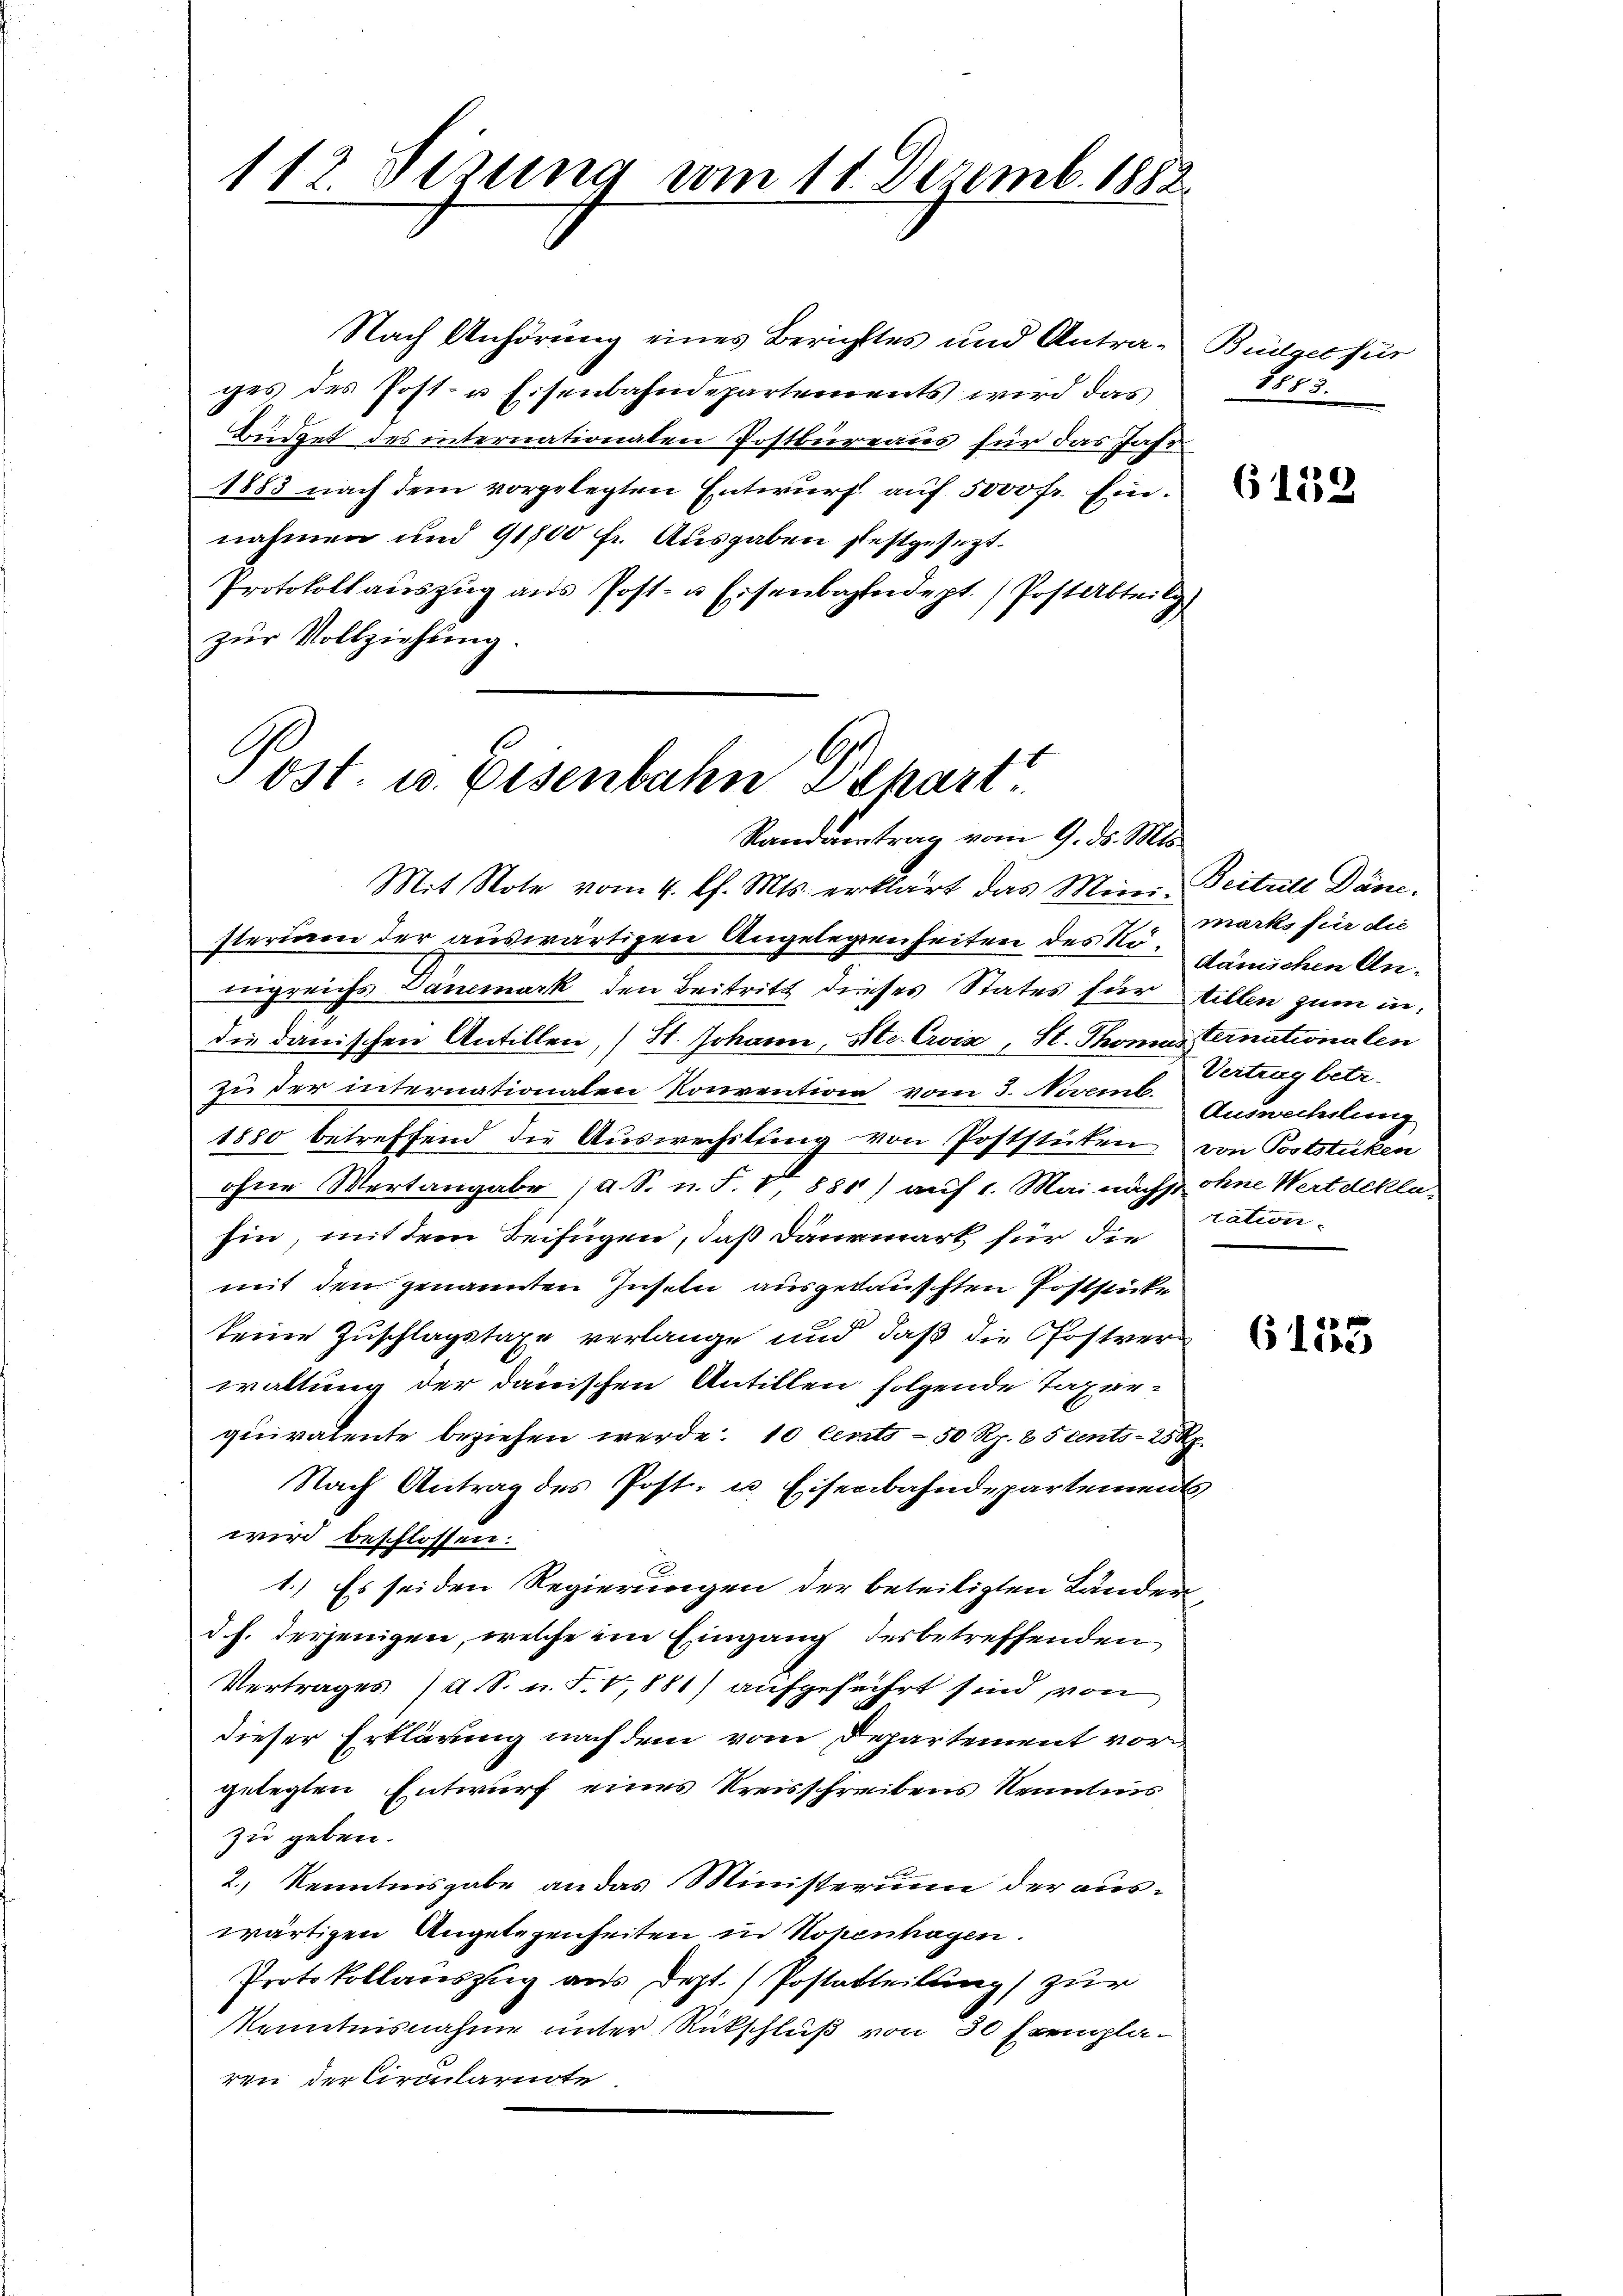
112. Sezung vom 11. Dezemb. 1882.

Nach Anhörung eines Berichtes und Antrages des Post- u Eisenbahndepartements wird das
Büdget des internationalen Postbüreaus für das Jahr
1883 nach dem vorgelegten Entwurf auf 5000 fr. Einnahmen und 91800 fr. Ausgaben festgesezt.
Protokollaŭszŭg aŭs Post- u Eisenbahndept. / Post Abteil)
zur Vollziehung.

ost. u. Eisenbahn Depart
Randantrag vom 9. ds. Mts.

Mit Note vom 4. Ph. Mts. erklärt das Mini- Beitrill Däne.
sterien der auswärtigen Angelegenheiten des Nö¬gänichen Anungreichs Dänemark den Beitritt dieses States für stillen zum in
die danischen Antillen, (St. Johann, St. Croix, St. Thomas Cernationalen
zu der internationalen Konvention vom 3. Novemb.
1880 betreffend die Auswechslung von Poststücken
ohne Mertangabe (a. S. n. F. V, 880) auf 1. Mai nächst ohne Wert deklahin, mit dem Beifügen, daß Däurmark für die
mit den genannten Inseln ausgekaufsten Poststücke
keine Zuschlagstaxe verlange und daß die Postverwaltung der danischen Antillen folgende Taxerquivalente beziehen werde: 10 Cents - 50 Rp. 85 cents- 25 Rp.
Nach Antrag des Post- u. Eisenbahndepartements
wird beschlossen.
1.) Es seiden Regierungen der beteiligten Länderd. h. derjenigen, welche im Eingang des betreffenden
Vertrages A. S. n. F. V,881) aufgeführt sind von
dieser Erklärung nach dem vom Departement vor
gelegten Entwurf eines Kreisschreibens Kenntnis
zu geben.
2.) Kenntnisgabe an das Ministerium der auswärtigen Angelegenheiten in Kopenhagen.
Protokollauszug aus Dept. (Postatteilung) zur
Kenntnisnahme unter Rückschluß von 30 Exemplaren der Circulariote

Büdget für
8883.

6159

marks für die
Vertrag betr.
Auswechslung
von Poststüken
tation

u

6155